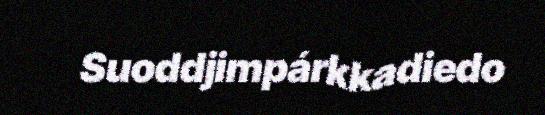
Suoddjimpárkkadiedo